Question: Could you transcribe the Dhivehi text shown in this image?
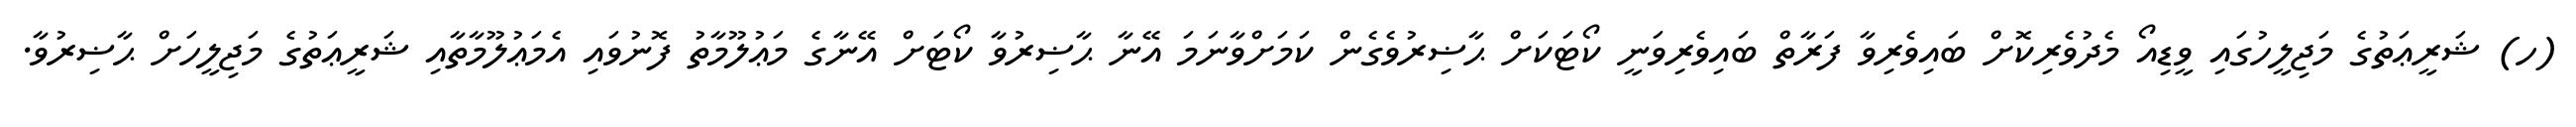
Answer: (ހ) ޝަރީޢަތުގެ މަޖިލީހުގައި ވީޑިއޯ މެދުވެރިކޮށް ބައިވެރިވާ ފަރާތް ބައިވެރިވަނީ ކޯޓަކަށް ޙާޟިރުވެގެން ކަމަށްވާނަމަ އޭނާ ޙާޟިރުވާ ކޯޓަށް އޭނާގެ މަޢުލޫމާތު ފޮނުވައި އެމަޢުލޫމާތާއި ޝަރީޢަތުގެ މަޖިލީހަށް ޙާޟިރުވާ.